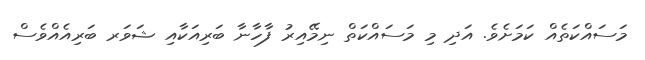
މަސައްކަތެއް ކަމަށެވެ. އަދި މި މަސައްކަތް ނިމޭއިރު ފާހާނާ ބަރިއަކާއި ޝަވަރ ބަރިއެއްވެސް